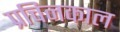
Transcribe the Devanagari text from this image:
प्रचिनकाल